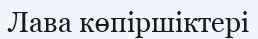
Лава көпіршіктері